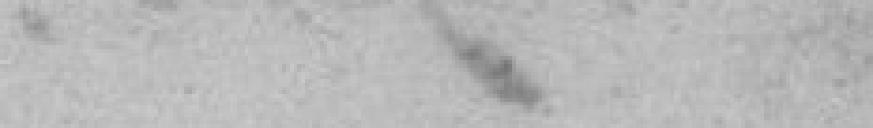
.